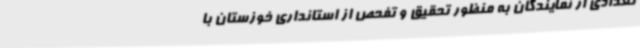
تعدادی از نمایندگان به منظور تحقیق و تفحص از استانداری خوزستان با